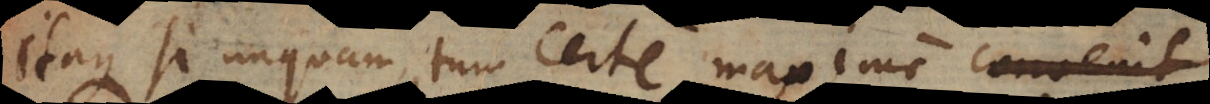
Itaque si unquam tum certe maxime conveniens